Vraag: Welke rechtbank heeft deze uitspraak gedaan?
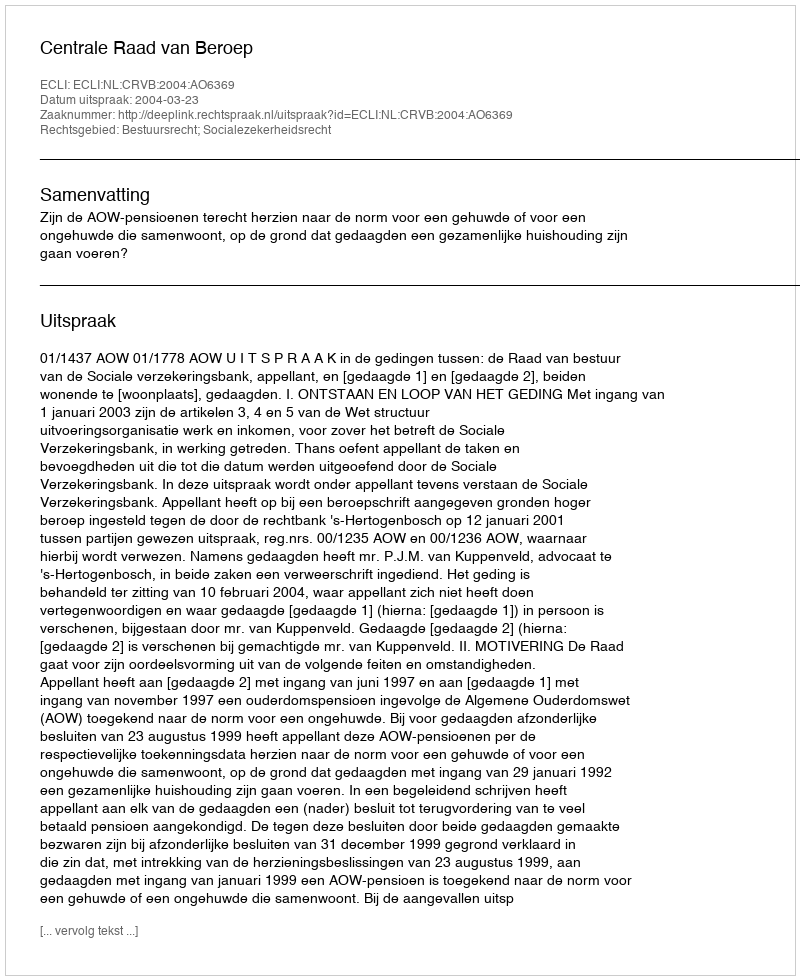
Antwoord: Centrale Raad van Beroep